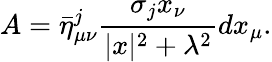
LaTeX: A=\bar{\eta}_{\mu\nu}^{j}\frac{\sigma_{j}x_{\nu}}{|x|^{2}+\lambda^{2}}dx_{\mu}.